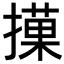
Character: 𢵵